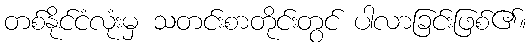
တစ်နိုင်ငံလုံးမှ သတင်းစာတိုင်းတွင် ပါလာခြင်းဖြစ်၏။